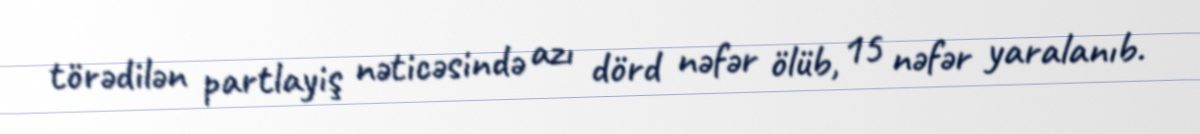
törədilən partlayiş nəticəsində azı dörd nəfər ölüb, 15 nəfər yaralanıb.